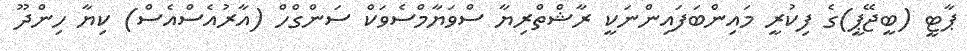
ޕާޓީ (ބީޖޭޕީ)ގެ ފިކުރީ މައިންބަފައިންނަކީ ރާޝްތްރިޔާ ސްވަޔާމްސެވަކް ސަންގްހް (އާރުއެސްއެސް) ކިޔާ ހިންދޫ